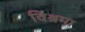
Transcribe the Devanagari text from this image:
विश्रमा